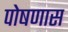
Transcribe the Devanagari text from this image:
पोषणास